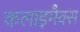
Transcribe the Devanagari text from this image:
कलाइमैक्स